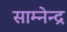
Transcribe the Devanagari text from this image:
साम्नेन्द्र